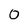
Character: 0